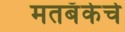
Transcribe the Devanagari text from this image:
मतबँकेचे